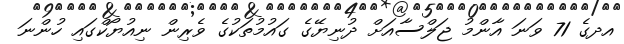
އދގެ 71 ވަނަ އާންމު ޖަލްސާއަށް ދުނިޔޭގެ ގައުމުތަކުގެ ވެރިން ނިއުޔޯކްގައި ހުންނަ